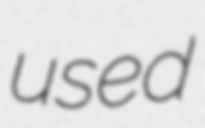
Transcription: used